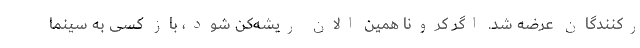
رکنندگان عرضه شد. اگر کرونا همین الان ریشه‌کن شود، باز کسی به سینما